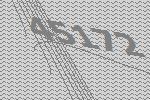
45172